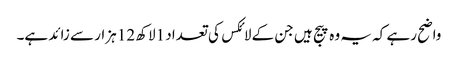
واضح رہے کہ یہ وہ پیج ہیں جن کے لائکس کی تعداد 1لاکھ 12 ہزار سے زائد ہے۔